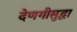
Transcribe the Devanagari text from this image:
देणगीसुद्धा